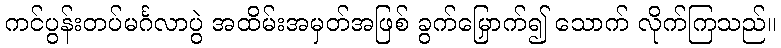
ကင်ပွန်းတပ်မင်္ဂလာပွဲ အထိမ်းအမှတ်အဖြစ် ခွက်မြှောက်၍ သောက် လိုက်ကြသည်။